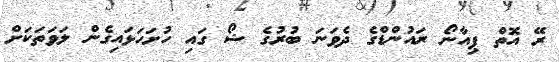
ރޭ އޮތް ޕިއާނޯ ރައުންޑްގެ ދެވަނަ ބުރުގެ ޝޯ ގައި ހުށަހަޅައިގެން ލަވަތަކަށް